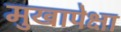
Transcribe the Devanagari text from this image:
मुखापेक्षा